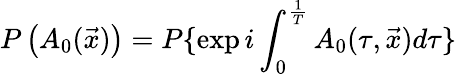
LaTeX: P\left(A_{0}(\vec{x})\right)=P\{ \exp{i\int_{0}^{{\frac{1}{T}}}A_{0}(\tau,\vec{x})d\tau}\}